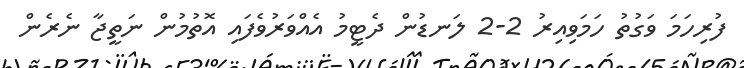
ފުރިހަމަ ވަގުތު ހަމަވިއިރު 2-2 ލަނޑުން ދެޓީމު އެއްވަރުވެފައި އޮތުމުން ނަތީޖާ ނެރެން